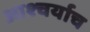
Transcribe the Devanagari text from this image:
आश्चर्याच